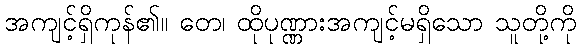
အကျင့်ရှိကုန်၏။ တေ၊ ထိုပုဏ္ဏားအကျင့်မရှိသော သူတို့ကို